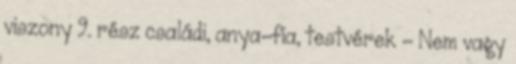
viszony 9. rész családi, anya-fia, testvérek - Nem vagy